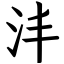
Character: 沣